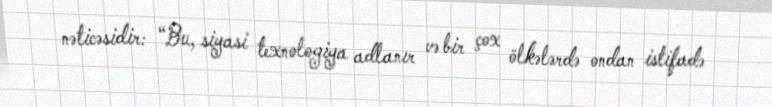
nəticəsidir: “Bu, siyasi texnologiya adlanır və bir çox ölkələrdə ondan istifadə